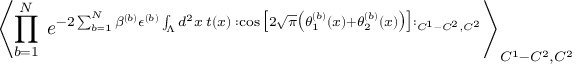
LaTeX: \left\langle \prod _ { b = 1 } ^ { N } \; e ^ { - 2 \sum _ { b = 1 } ^ { N } \beta ^ { ( b ) } \epsilon ^ { ( b ) } \int _ { \Lambda } d ^ { 2 } x \; t ( x ) \; : \cos \big [ 2 \sqrt { \pi } \big ( \theta _ { 1 } ^ { ( b ) } ( x ) + \theta _ { 2 } ^ { ( b ) } ( x ) \big ) \big ] : _ { C ^ { 1 } - C ^ { 2 } , C ^ { 2 } } } \right\rangle _ { C ^ { 1 } - C ^ { 2 } , C ^ { 2 } }